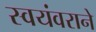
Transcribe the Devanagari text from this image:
स्वयंवराने